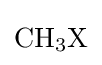
{\mathrm {CH} {\vphantom {A}}_{\smash[{t}]{3}}\mathrm {X} }